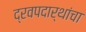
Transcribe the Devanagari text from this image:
द्रवपदार्थांचा